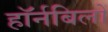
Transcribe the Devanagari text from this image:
हॉर्नबिलों